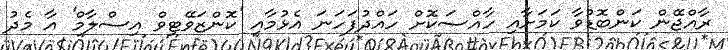
ރާއްޖޭން ކަންބޮޑުވާ ކަމަށާއި ހާއްސަކޮށް ހައްދުފަހަނަ އެޅުމާއި 'ކޮންޒަވޭޓިވް އިސްލާމް' އާ މެދު